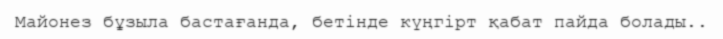
Майонез бұзыла бастағанда, бетінде күңгірт қабат пайда болады..